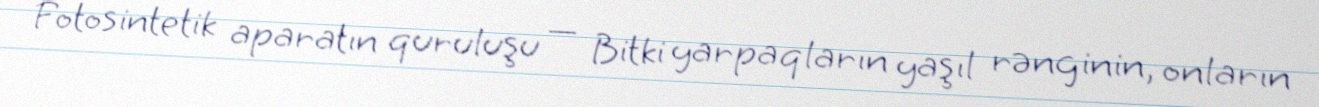
Fotosintetik aparatın quruluşu — Bitki yarpaqların yaşıl rənginin, onların